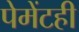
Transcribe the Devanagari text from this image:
पेमेंटही